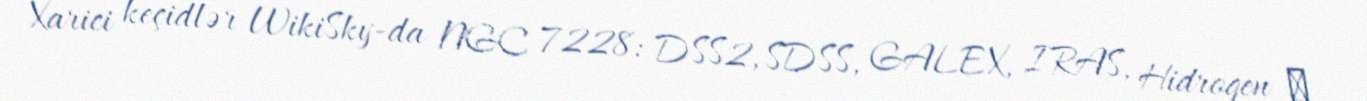
Xarici keçidlər WikiSky-da NGC 7228: DSS2, SDSS, GALEX, IRAS, Hidrogen α,